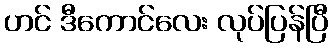
ဟင် ဒီကောင်လေး လုပ်ပြန်ပြီ